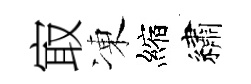
㝡凍縮繡